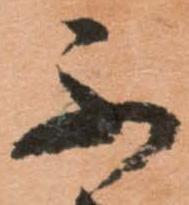
ふ